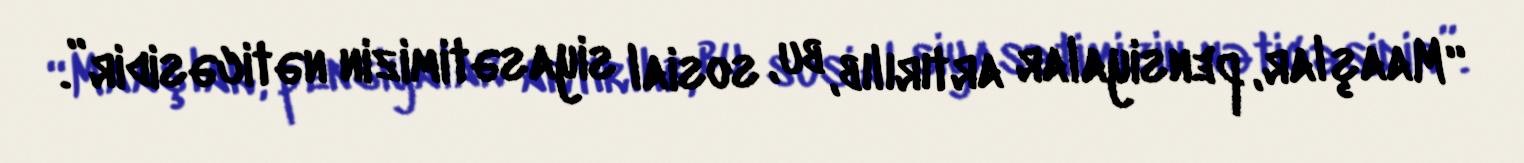
“Maaşlar, pensiyalar artırılıb, bu, sosial siyasətimizin nəticəsidir”.